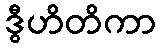
ဒွီဟိတိကာ